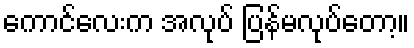
ကောင်လေးက အလုပ် ပြန်မလုပ်တော့။